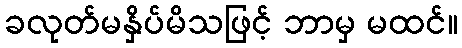
ခလုတ်မနှိပ်မိသဖြင့် ဘာမှ မထင်။